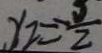
y _ { 2 } = - \frac { 5 } { 2 }